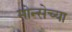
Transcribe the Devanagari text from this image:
मोन्सेच्या